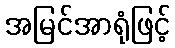
အမြင်အာရုံဖြင့်